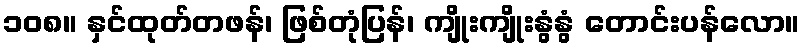
၁၀၈။ နှင်ထုတ်တဖန်၊ ဖြစ်တုံပြန်၊ ကျိုးကျိုးနွံနွံ တောင်းပန်လော။